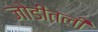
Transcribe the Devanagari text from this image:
जोडीतली